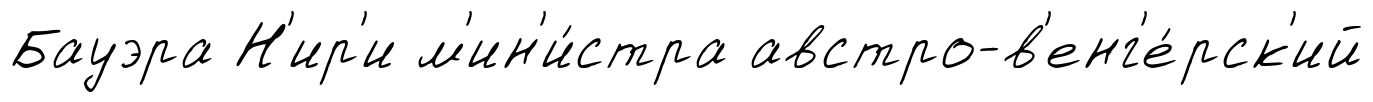
Бауэра Н'ир'и м'ин'и́стра австро-в'енг'е́рск'ий